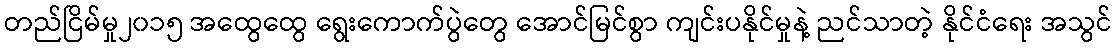
တည်ငြိမ်မှု၂၀၁၅ အထွေထွေ ရွေးကောက်ပွဲတွေ အောင်မြင်စွာ ကျင်းပနိုင်မှုနဲ့ ညင်သာတဲ့ နိုင်ငံရေး အသွင်